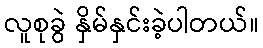
လူစုခွဲ နှိမ်နှင်းခဲ့ပါတယ်။